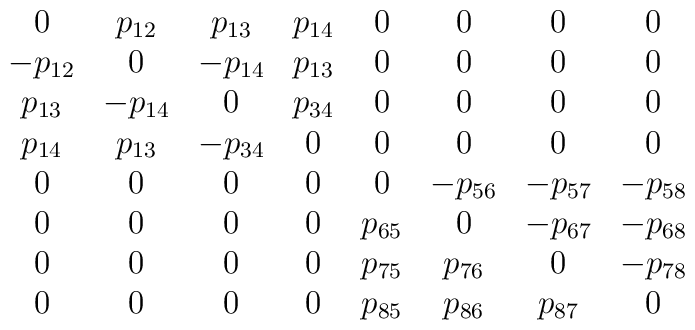
\begin{array}{cccccccc}0 & p_{12} & p_{13} & p_{14} & 0 & 0 & 0 & 0 \\-p_{12} & 0 & -p_{14} & p_{13} & 0 & 0 & 0 & 0 \\p_{13} & -p_{14} & 0 & p_{34} & 0 & 0 & 0 & 0 \\p_{14} & p_{13} & -p_{34} & 0 & 0 & 0 & 0 & 0 \\0 & 0 & 0 & 0 & 0 & -p_{56} & -p_{57} & -p_{58} \\0 & 0 & 0 & 0 & p_{65} & 0 & -p_{67} & -p_{68} \\0 & 0 & 0 & 0 & p_{75} & p_{76} & 0 & -p_{78} \\0 & 0 & 0 & 0 & p_{85} & p_{86} & p_{87} & 0\end{array}